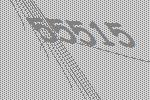
55515